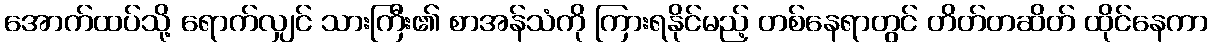
အောက်ထပ်သို့ ရောက်လျှင် သားကြီး၏ စာအန်သံကို ကြားရနိုင်မည့် တစ်နေရာတွင် တိတ်တဆိတ် ထိုင်နေကာ